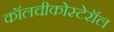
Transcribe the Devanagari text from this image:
कॉलचीकोस्टेरॉल